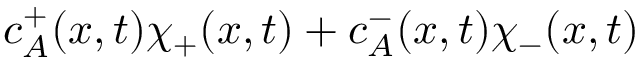
c _ { A } ^ { + } ( x , t ) \chi _ { + } ( x , t ) + c _ { A } ^ { - } ( x , t ) \chi _ { - } ( x , t )